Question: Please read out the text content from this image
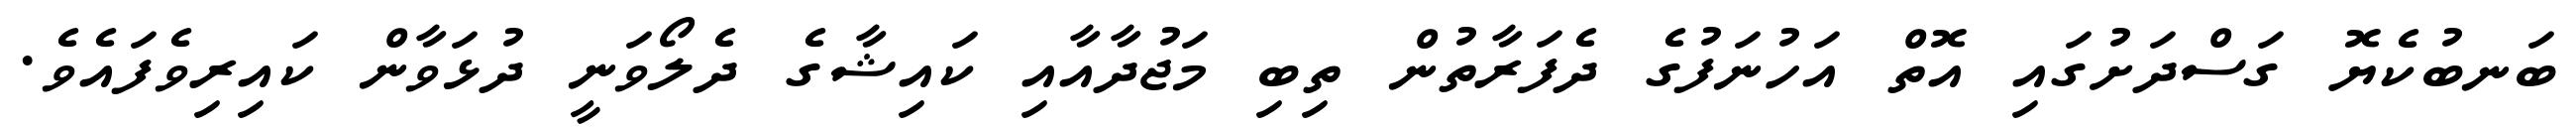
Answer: ބަނބުކެޔޮ ގަސްދަށުގައި އޮތް އަހުނަފުގެ ދެފަރާތުން ތިބި މަޖުދާއާއި ކައިޝާގެ ދެލޯވަނީ ދުޅަވާން ކައިރިވެފައެވެ.